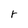
Character: r